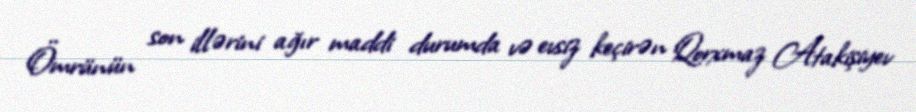
Ömrünün son illərini ağır maddi durumda və evsiz keçirən Qorxmaz Atakişiyev